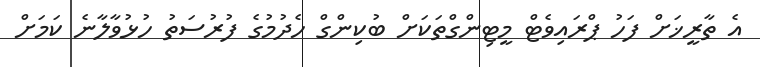
އެ ތާރީޚަށް ފަހު ޕްރައިވެޓް މީޓިންގްތަކަށް ބުކިންގް ހެދުމުގެ ފުރުސަތު ހުޅުވާލާނެ ކަމަށް